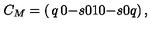
C _ { M } = \left( \begin{matrix} { q } & { 0 } & { - s } \\ { 0 } & { 1 } & { 0 } \\ { - s } & { 0 } & { q } \\ \end{matrix} \right) ,